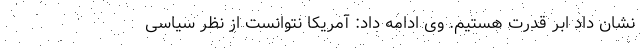
نشان داد ابر قدرت هستیم. وی ادامه داد: آمریکا نتوانست از نظر سیاسی